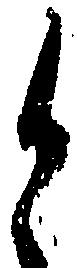
と